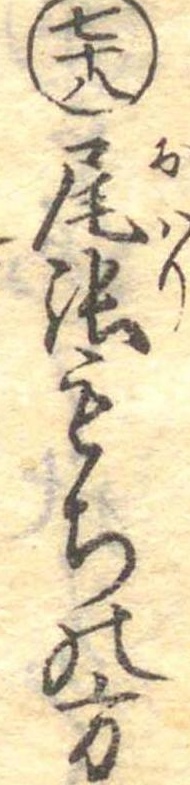
七十八尾張もちの方